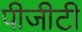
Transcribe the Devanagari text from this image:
पीजीटी